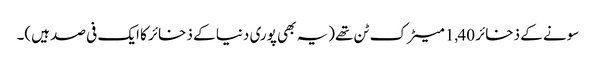
سونے کے ذخائر 1,40 میٹرک ٹن تھے(یہ بھی پوری دنیا کے ذخائر کا ایک فی صد ہیں)۔